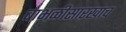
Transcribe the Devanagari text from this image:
बाभळीसारखाच